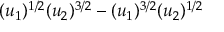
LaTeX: ( u _ { 1 } ) ^ { 1 / 2 } ( u _ { 2 } ) ^ { 3 / 2 } - ( u _ { 1 } ) ^ { 3 / 2 } ( u _ { 2 } ) ^ { 1 / 2 }